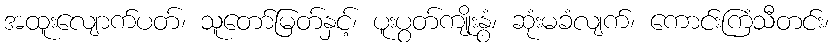
အထူးလျောက်ပတ်၊ သူတော်မြတ်နှင့်၊ ပူးပွတ်ကျိုးနွံ၊ ဆုံးမခံလျက်၊ ကောင်းကြံသီတင်း၊